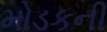
મોડકની